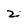
Character: 2